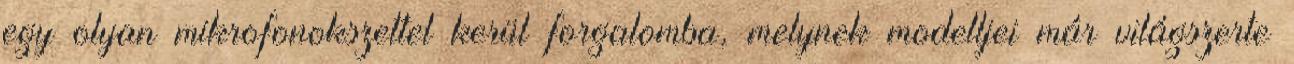
egy olyan mikrofonokszettel kerül forgalomba, melynek modelljei már világszerte